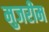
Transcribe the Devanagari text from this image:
मुजरीम